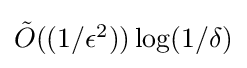
\textstyle {\tilde {O}}((1/\epsilon ^{2}))\log(1/\delta )